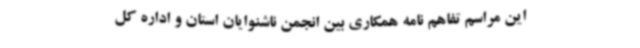
این مراسم تفاهم نامه همکاری بین انجمن ناشنوایان استان و اداره کل